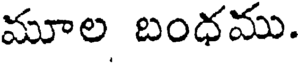
మూల బంధము.